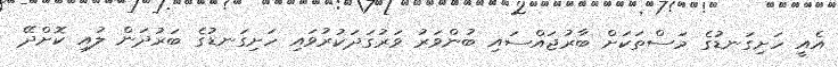
އެއީ ހަށިގަނޑުގެ މަސްތަކަށް ބާރުޖައްސައި ބުންވަރު ވަރުގަދަކުރުވައި ހަށިގަނޑުގެ ބަރުދަން ލުއި ކޮށްދޭ